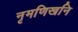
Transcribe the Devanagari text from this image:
नृमणिखनि